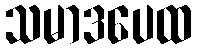
သမာဒပေထ